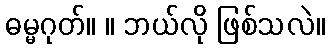
ဓမ္မဂုတ်။ ။ ဘယ်လို ဖြစ်သလဲ။